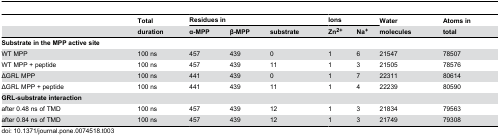
<table><thead><tr><td></td><td><b>Total</b></td><td colspan="3"><b>Residues in</b></td><td colspan="2"><b>Ions</b></td><td><b>Water</b></td><td><b>Atoms in</b></td></tr><tr><td></td><td><b>duration</b></td><td><b>α-MPP</b></td><td><b>β-MPP</b></td><td><b>substrate</b></td><td><b>Zn<sup>2+</sup></b></td><td><b>Na<sup>+</sup></b></td><td><b>molecules</b></td><td><b>total</b></td></tr></thead><tbody><tr><td colspan="9"><b>Substrate in the MPP active site</b></td></tr><tr><td> WT MPP</td><td>100 ns</td><td>457</td><td>439</td><td>0</td><td>1</td><td>6</td><td>21547</td><td>78507</td></tr><tr><td> WT MPP + peptide</td><td>100 ns</td><td>457</td><td>439</td><td>11</td><td>1</td><td>3</td><td>21505</td><td>78576</td></tr><tr><td> ΔGRL MPP</td><td>100 ns</td><td>441</td><td>439</td><td>0</td><td>1</td><td>7</td><td>22311</td><td>80614</td></tr><tr><td> ΔGRL MPP + peptide</td><td>100 ns</td><td>441</td><td>439</td><td>11</td><td>1</td><td>4</td><td>22239</td><td>80590</td></tr><tr><td colspan="9"><b>GRL-substrate interaction</b></td></tr><tr><td> after 0.48 ns of TMD</td><td>100 ns</td><td>457</td><td>439</td><td>12</td><td>1</td><td>3</td><td>21834</td><td>79563</td></tr><tr><td> after 0.84 ns of TMD</td><td>100 ns</td><td>457</td><td>439</td><td>12</td><td>1</td><td>3</td><td>21749</td><td>79308</td></tr></tbody></table>